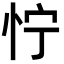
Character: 㤖